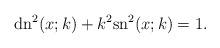
LaTeX: \begin{align*}\textrm{dn}^2(x;k) + k^2\textrm{sn}^2(x;k) = 1. \end{align*}